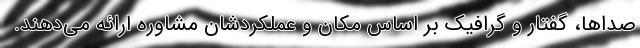
صداها، گفتار و گرافیک بر اساس مکان و عملکردشان مشاوره ارائه می‌دهند.